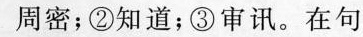
周密；②知道；③审讯。在句